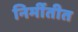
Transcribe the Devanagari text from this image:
निर्मीतीत